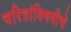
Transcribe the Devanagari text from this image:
चरित्रांविषयीचे